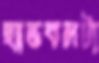
হ্যান্ডবলটা